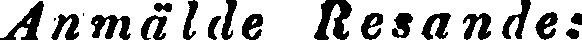
Anmälde Resande: